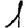
Digit: 1